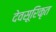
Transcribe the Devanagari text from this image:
देवसूरिकृत